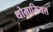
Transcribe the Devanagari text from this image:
थोमासियस